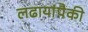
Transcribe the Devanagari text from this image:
लढायांपैकी